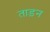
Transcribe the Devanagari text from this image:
ताड़न